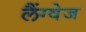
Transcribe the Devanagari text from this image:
लैंग्‍वेज